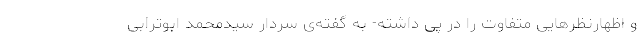
و اظهارنظرهایی متفاوت را در پی داشته- به گفته‌ی سردار سیدمحمد ابوترابی